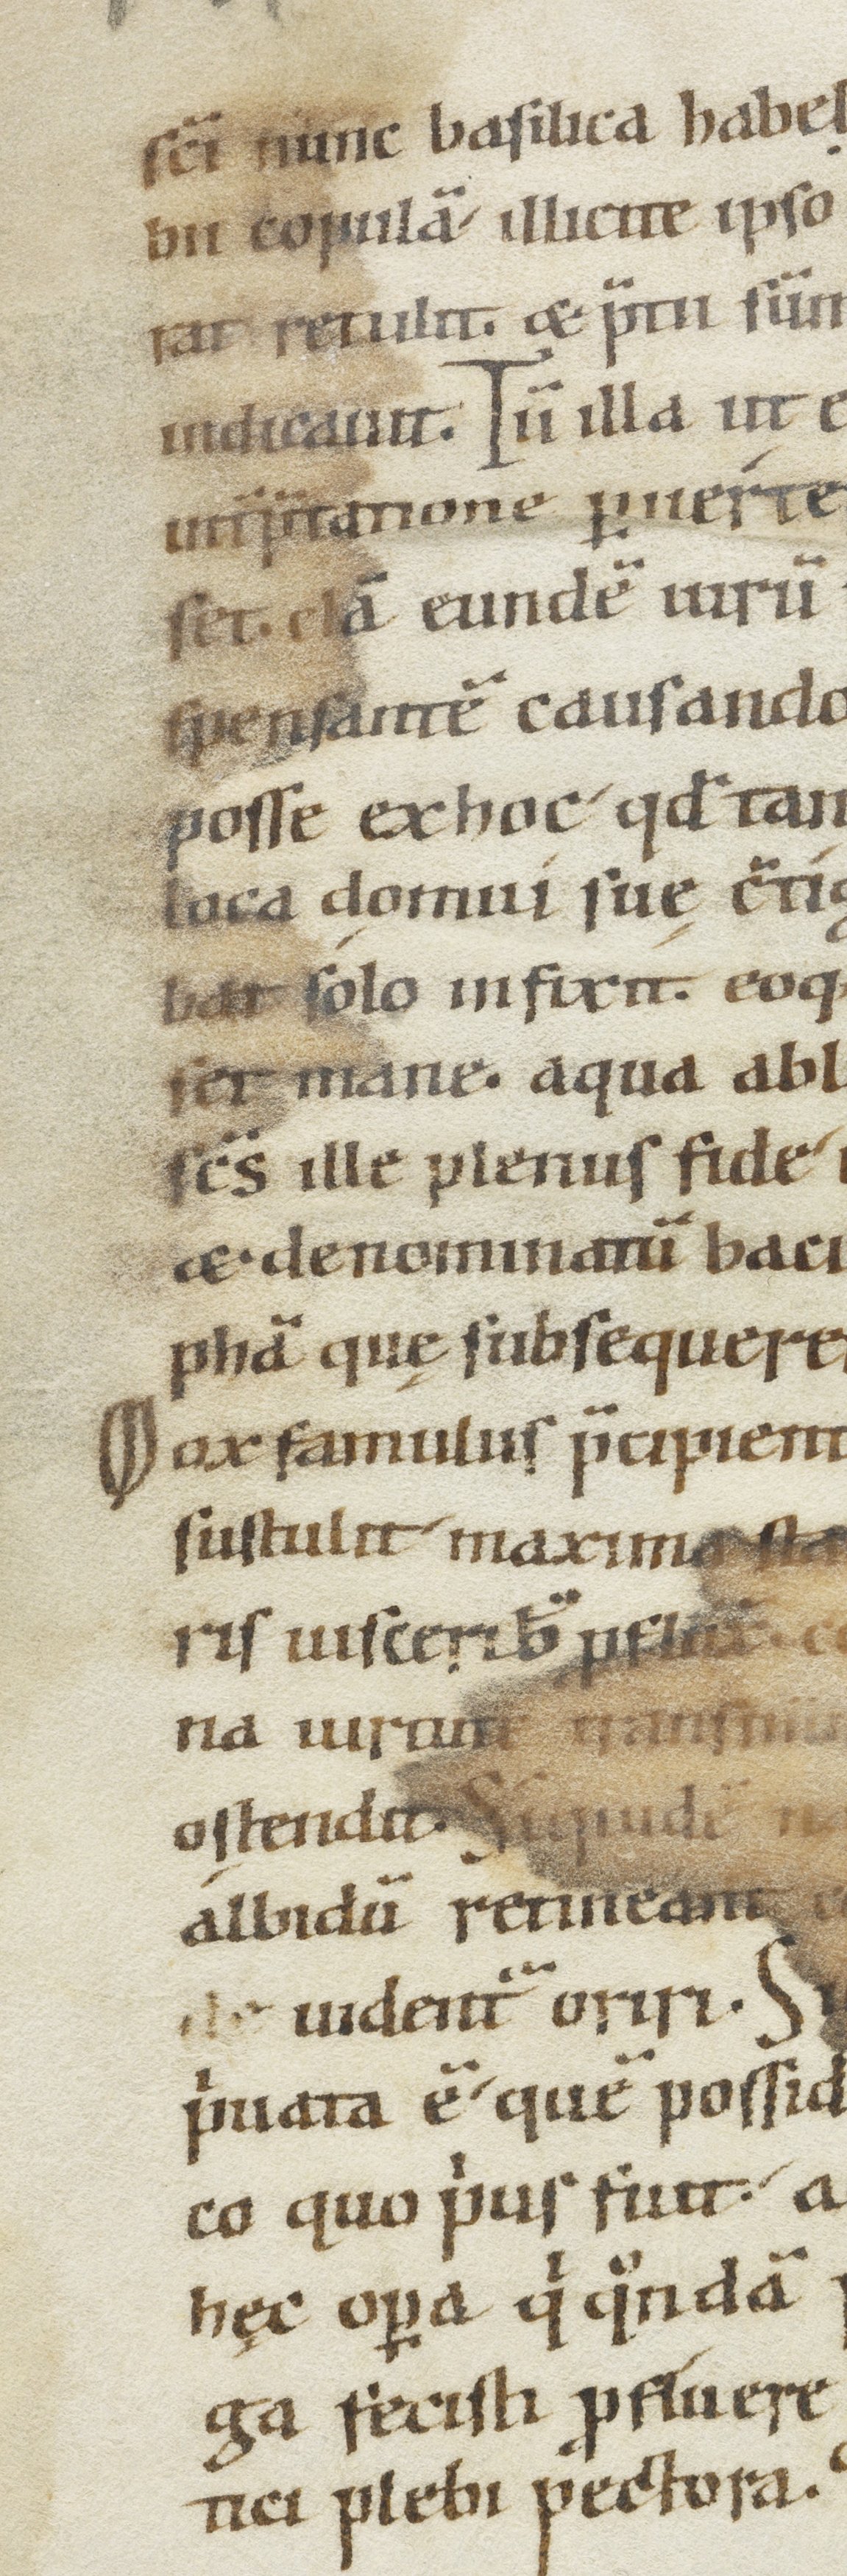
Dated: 900–1099